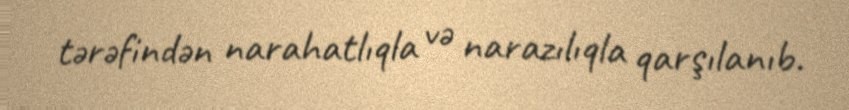
tərəfindən narahatlıqla və narazılıqla qarşılanıb.